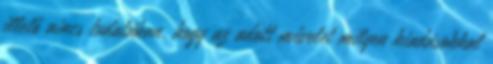
illető nincs tudatában, hogy az adott művelet milyen kiadásokkal